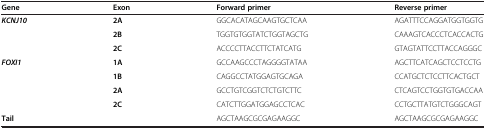
<table><thead><tr><td><b>Gene</b></td><td><b>Exon</b></td><td><b>Forward primer</b></td><td><b>Reverse primer</b></td></tr></thead><tbody><tr><td rowspan="3"><b><i>KCNJ10</i></b></td><td><b>2A</b></td><td>GGCACATAGCAAGTGCTCAA</td><td>AGATTTCCAGGATGGTGGTG</td></tr><tr><td><b>2B</b></td><td>TGGTGTGGTATCTGGTAGCTG</td><td>CAAAGTCACCCTCACCACTG</td></tr><tr><td><b>2C</b></td><td>ACCCCTTACCTTCTATCATG</td><td>GTAGTATTCCTTACCAGGGC</td></tr><tr><td rowspan="4"><b><i>FOXI1</i></b></td><td><b>1A</b></td><td>GCCAAGCCCTAGGGGTATAA</td><td>AGCTTCATCAGCTCCTCCTG</td></tr><tr><td><b>1B</b></td><td>CAGGCCTATGGAGTGCAGA</td><td>CCATGCTCTCCTTCACTGCT</td></tr><tr><td><b>2A</b></td><td>GCCTGTCGGTCTCTGTCTTC</td><td>CTCAGTCCTGGTGTGACCAA</td></tr><tr><td><b>2C</b></td><td>CATCTTGGATGGAGCCTCAC</td><td>CCTGCTTATGTCTGGGCAGT</td></tr><tr><td colspan="2"><b>Tail</b></td><td>AGCTAAGCGCGAGAAGGC</td><td>AGCTAAGCGCGAGAAGGC</td></tr></tbody></table>